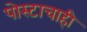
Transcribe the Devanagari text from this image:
पोस्टाचाही